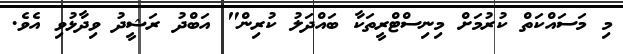
މި މަސައްކަތް ކުރުމަށް މިނިސްޓްރީތަކާ ބައްދަލު ކުރިން" އަބްދު ރަޝީދު ވިދާޅުވި އެވެ.